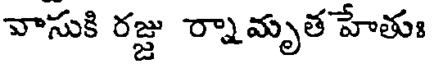
వాసుకి రజ్జు ర్నామృత హేతుః